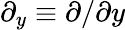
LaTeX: \partial_{y}\equiv\partial/\partial y